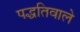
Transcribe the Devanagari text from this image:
पद्धतिवाले